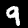
Digit: 9